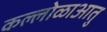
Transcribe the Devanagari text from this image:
कल्लोळाआतु